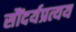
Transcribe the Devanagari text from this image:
सौंदर्यप्रत्यय